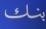
بنك